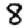
Digit: 8